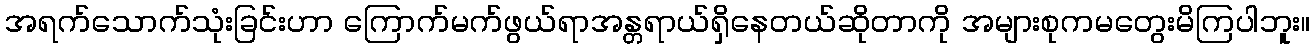
အရက်သောက်သုံးခြင်းဟာ ကြောက်မက်ဖွယ်ရာအန္တရာယ်ရှိနေတယ်ဆိုတာကို အများစုကမတွေးမိကြပါဘူး။